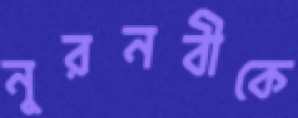
নুরনবীকে